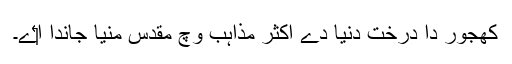
کھجور دا درخت دنیا دے اکثر مذاہب وچ مقدس منیا جاندا ا‏‏ے۔